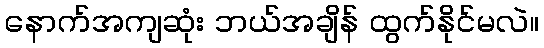
နောက်အကျဆုံး ဘယ်အချိန် ထွက်နိုင်မလဲ။